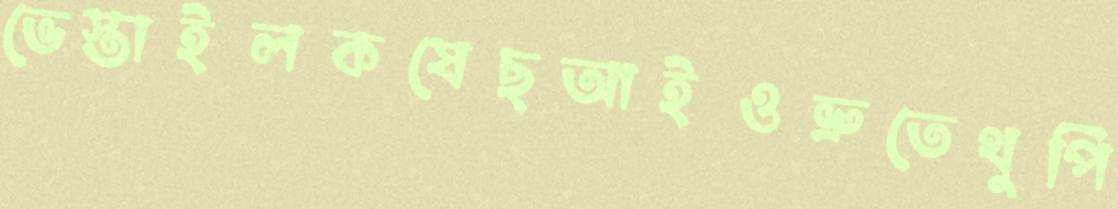
ভেস্তাইলকষেছআইওভ্রুতেথুপি